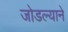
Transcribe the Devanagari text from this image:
जोडल्याने